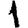
Digit: 1